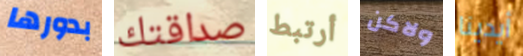
بدورها صداقتك أرتبط ولاكن أيدينا